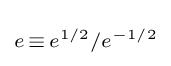
\scriptstyle e\,\equiv \,e^{1/2}/e^{-1/2}